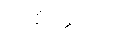
အစိတ္တကော